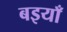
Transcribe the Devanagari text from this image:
बइयाँ